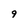
Character: 9